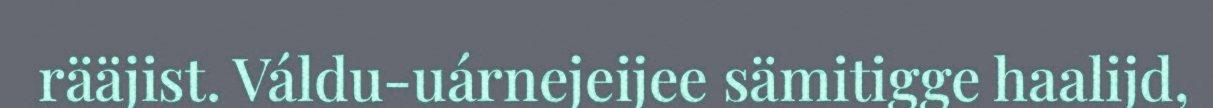
rääjist. Váldu-uárnejeijee sämitigge haalijd,